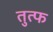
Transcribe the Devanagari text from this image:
तुत्फ